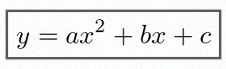
y=ax^2+bx+c